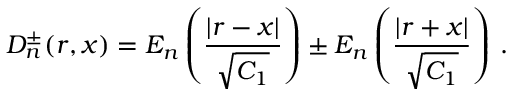
D _ { n } ^ { \pm } ( r , x ) = E _ { n } \left( \frac { \vert r - x \vert } { \sqrt { C _ { 1 } } } \right) \pm E _ { n } \left( \frac { \vert r + x \vert } { \sqrt { C _ { 1 } } } \right) \, .